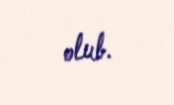
olub.